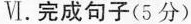
Ⅵ.完成句子(5分)